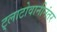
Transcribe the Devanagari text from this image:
ट्लाटोवानीनंतर